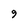
Character: 9